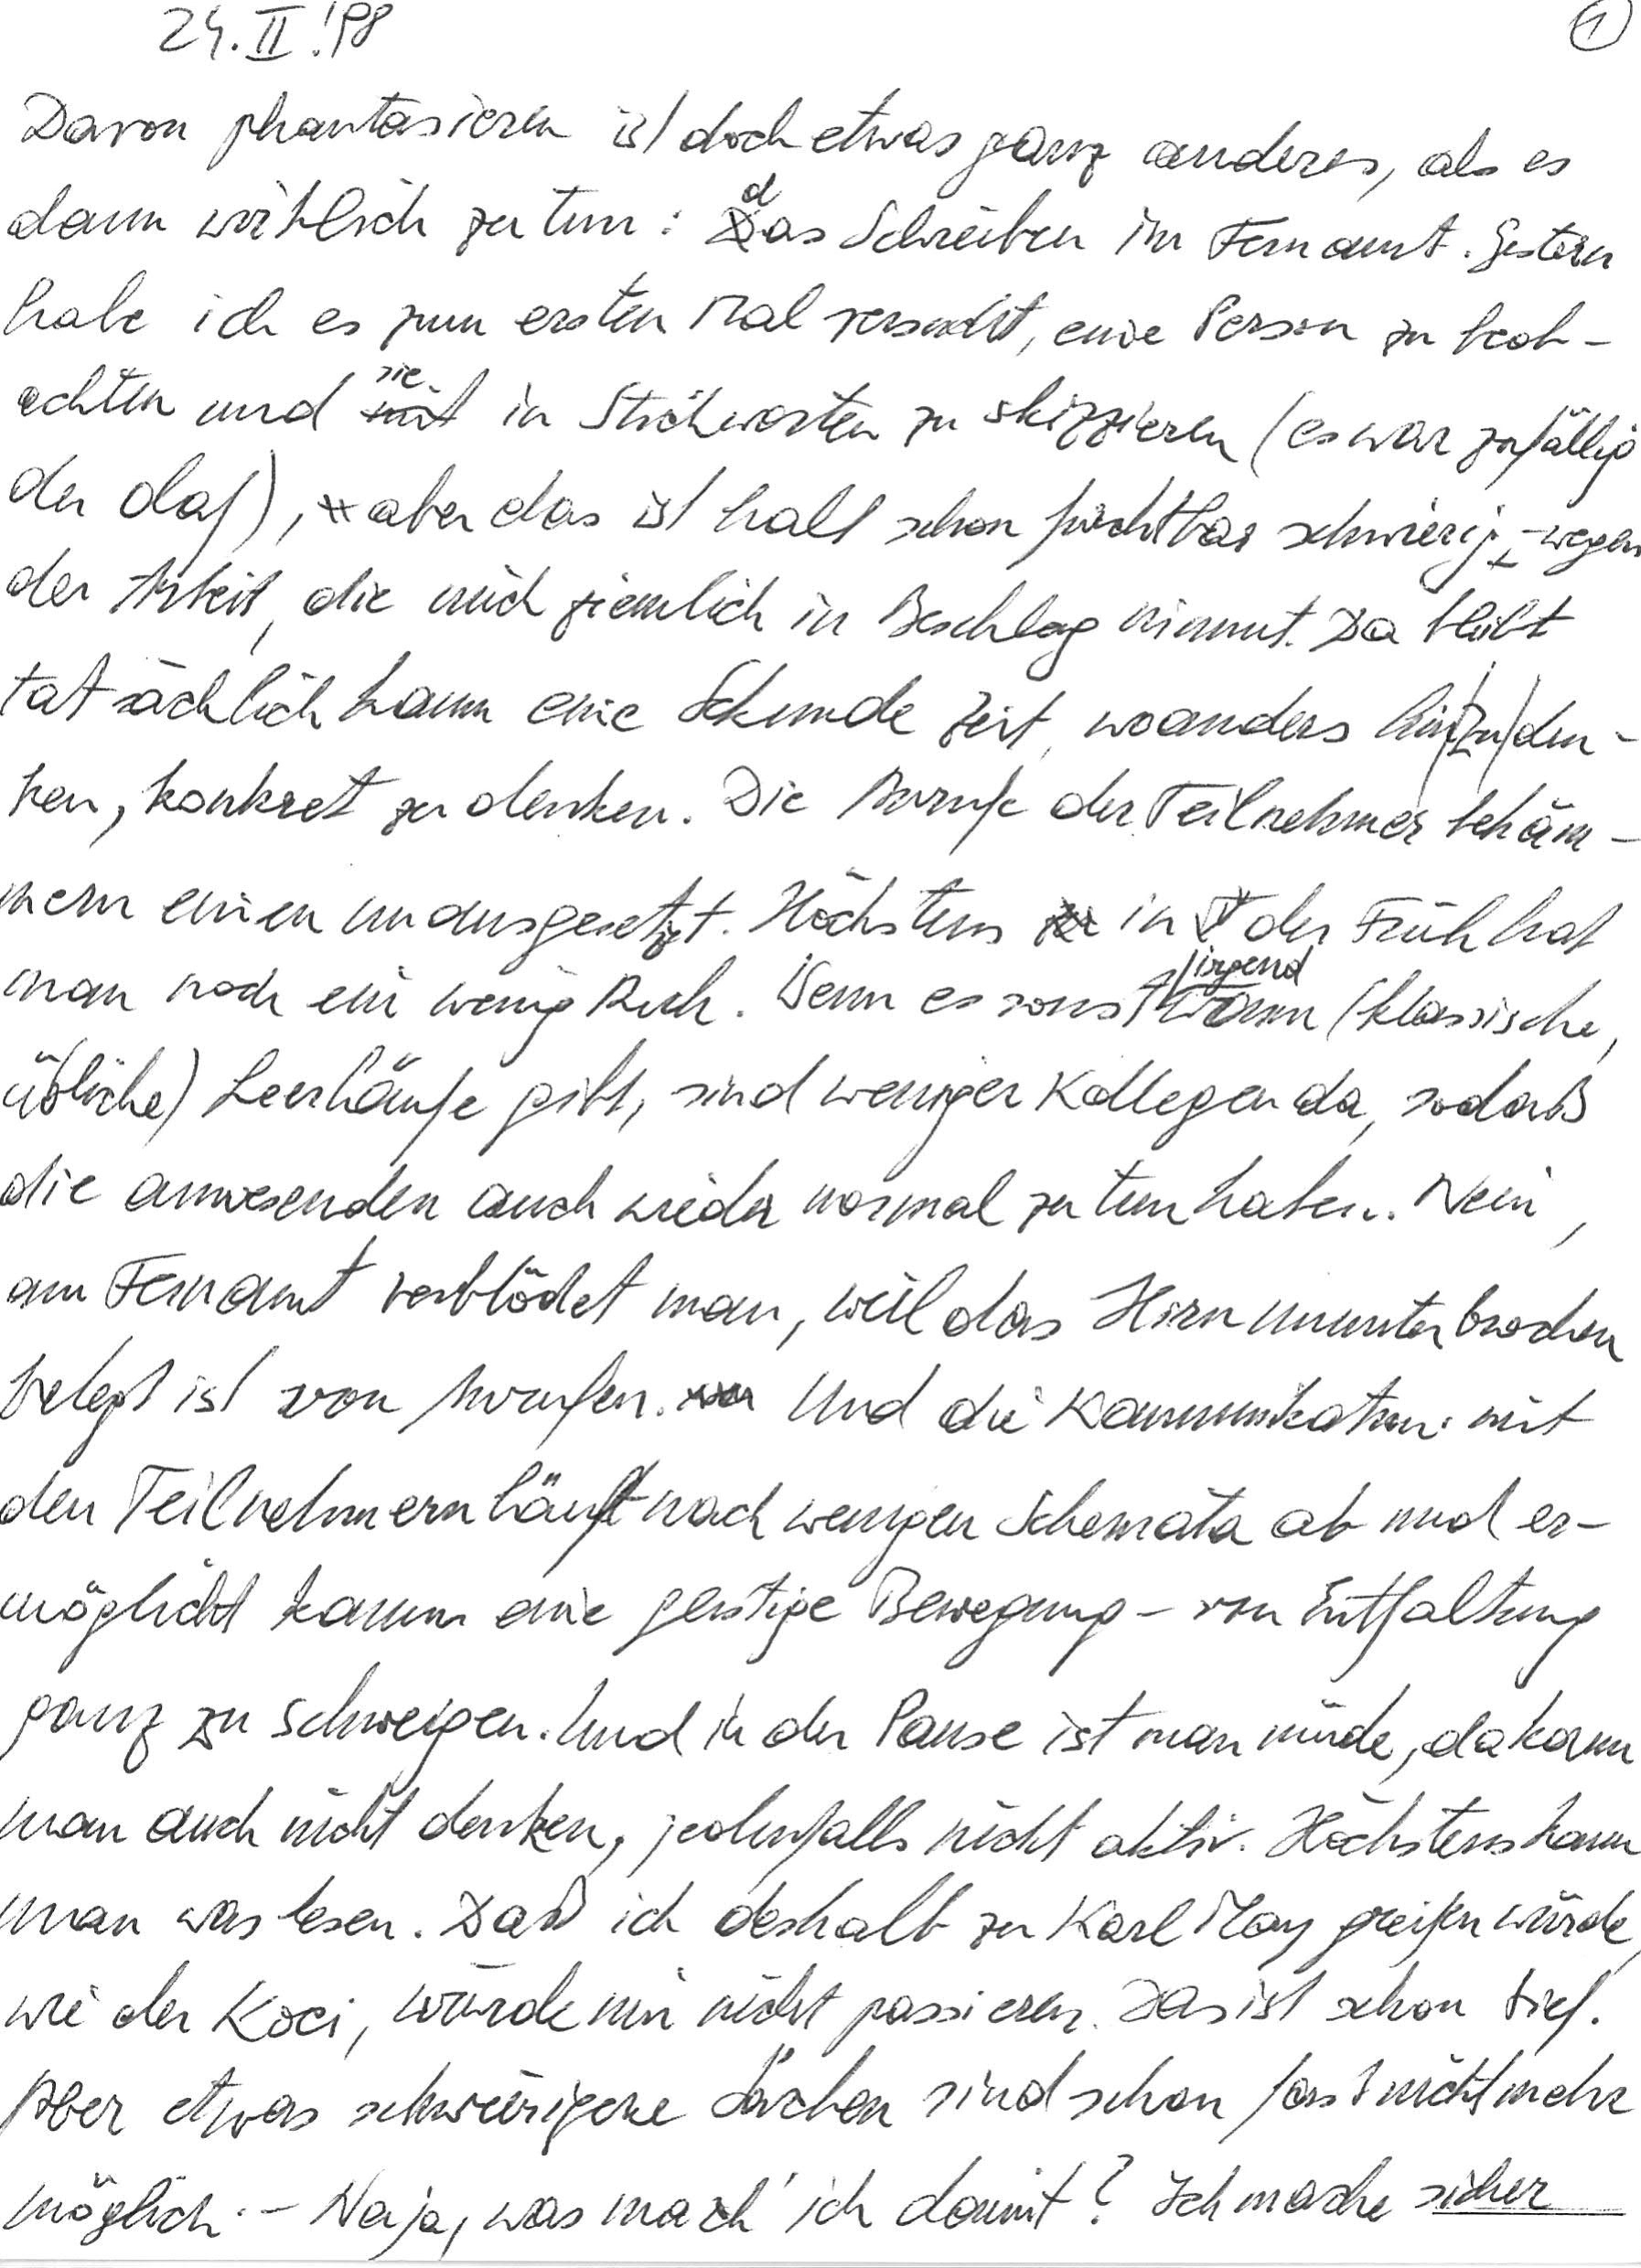
24. II. ‘98
Davon phantasieren ist doch etwas ganz anderes, als es
dann wirklich zu tun: das Schreiben im Fernamt. Gestern
habe ich es zum ersten Mal versucht, eine Person zu beob-
achten und sie in Stichworten zu skizzieren (es war zufällig
der Olaf), aber das ist halt schon furchtbar schwierig – wegen
der Arbeit, die mich ziemlich in Beschlag nimmt. Da bleibt
tatsächlich kaum eine Sekunde Zeit, woanders hin zu den-
ken, konkret zu denken. Die Anrufe der Teilnehmer behäm-
mern einen unausgesetzt. Höchstens in der Früh hat
man noch ein wenig Ruh. Wenn es sonst irgendwann (klassische,
übliche) Leerläufe gibt, sind weniger Kollegen da, sodaß
die anwesenden auch wieder normal zu tun haben. Nein,
am Fernamt verblödet man, weil das Hirn ununterbrochen
belegt ist von Anrufen. Und die Kommunikation mit
den Teilnehmern läuft nach wenigen Schemata ab und er-
möglicht kaum eine geistige Bewegung – von Entfaltung
ganz zu schweigen. Und in der Pause ist man müde, da kann
man auch nicht denken, jedenfalls nicht aktiv. Höchstens kann
man was lesen. Daß ich deshalb zu Karl May greifen würde,
wie der Koci, würde mir nicht passieren. Das ist schon tief.
Aber etwas schwierigere Sachen sind schon fast nicht mehr
möglich. – Naja, was mach‘ ich damit? Ich mache sicher